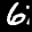
Label: 6